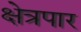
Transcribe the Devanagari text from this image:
क्षेत्रपार